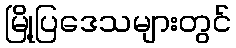
မြို့ပြဒေသများတွင်